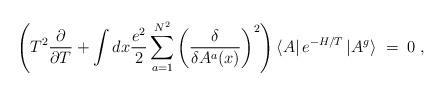
LaTeX: \begin{align*}\left( T^2\frac{\partial}{\partial T}+\int dx\frac{e^2}{2}\sum_{a=1}^{N^2} \left( \frac{\delta}{\delta A^a(x)} \right)^2\right)\left< A\right|e^{-H/T}\left| A^g\right> \; = \; 0 \; ,\end{align*}